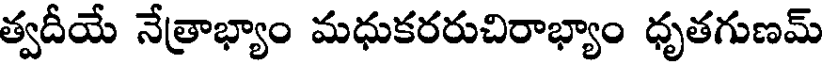
త్వదీయే నేత్రాభ్యాం మధుకరరుచిరాభ్యాం ధృతగుణమ్